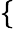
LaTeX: \left\{ \begin{array}{rl}\end{array}\right.